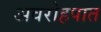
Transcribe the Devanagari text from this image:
अवरोहपात